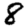
Digit: 8